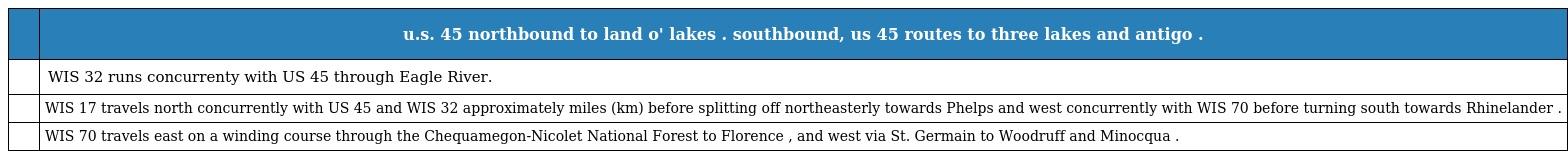
|  | u.s. 45 northbound to land o' lakes . southbound, us 45 routes to three lakes and antigo . |
 | --- | --- |
 |  | WIS 32 runs concurrenty with US 45 through Eagle River. |
 |  | WIS 17 travels north concurrently with US 45 and WIS 32 approximately miles (km) before splitting off northeasterly towards Phelps and west concurrently with WIS 70 before turning south towards Rhinelander . |
 |  | WIS 70 travels east on a winding course through the Chequamegon-Nicolet National Forest to Florence , and west via St. Germain to Woodruff and Minocqua . |